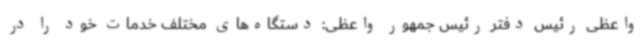
واعظی رئیس دفتر رئیس جمهور واعظی: دستگاه‌های مختلف خدمات خود را در